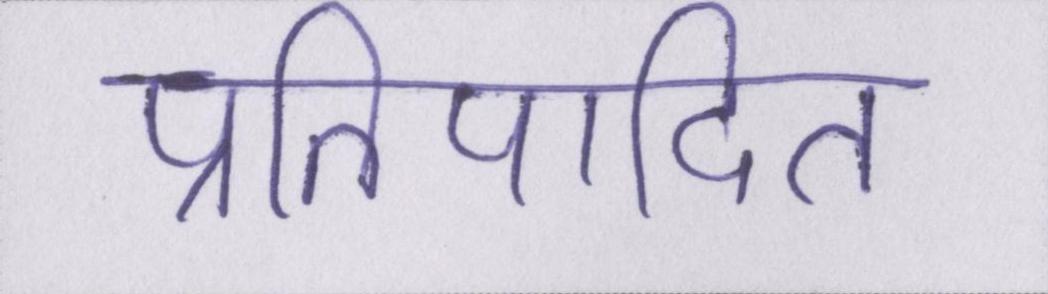
प्रतिपादित